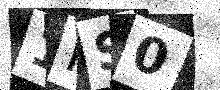
Text: 1KS0